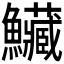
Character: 𩽮